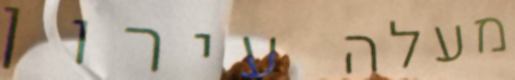
מעלה עירון